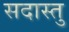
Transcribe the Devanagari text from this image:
सदास्तु